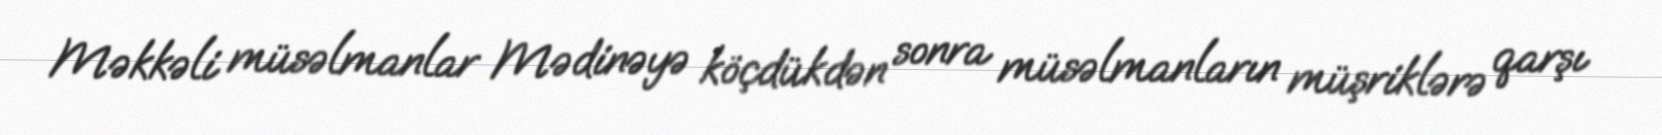
Məkkəli müsəlmanlar Mədinəyə köçdükdən sonra müsəlmanların müşriklərə qarşı